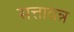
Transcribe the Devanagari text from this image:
सत्तावन्न